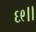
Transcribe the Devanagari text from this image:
६९।।